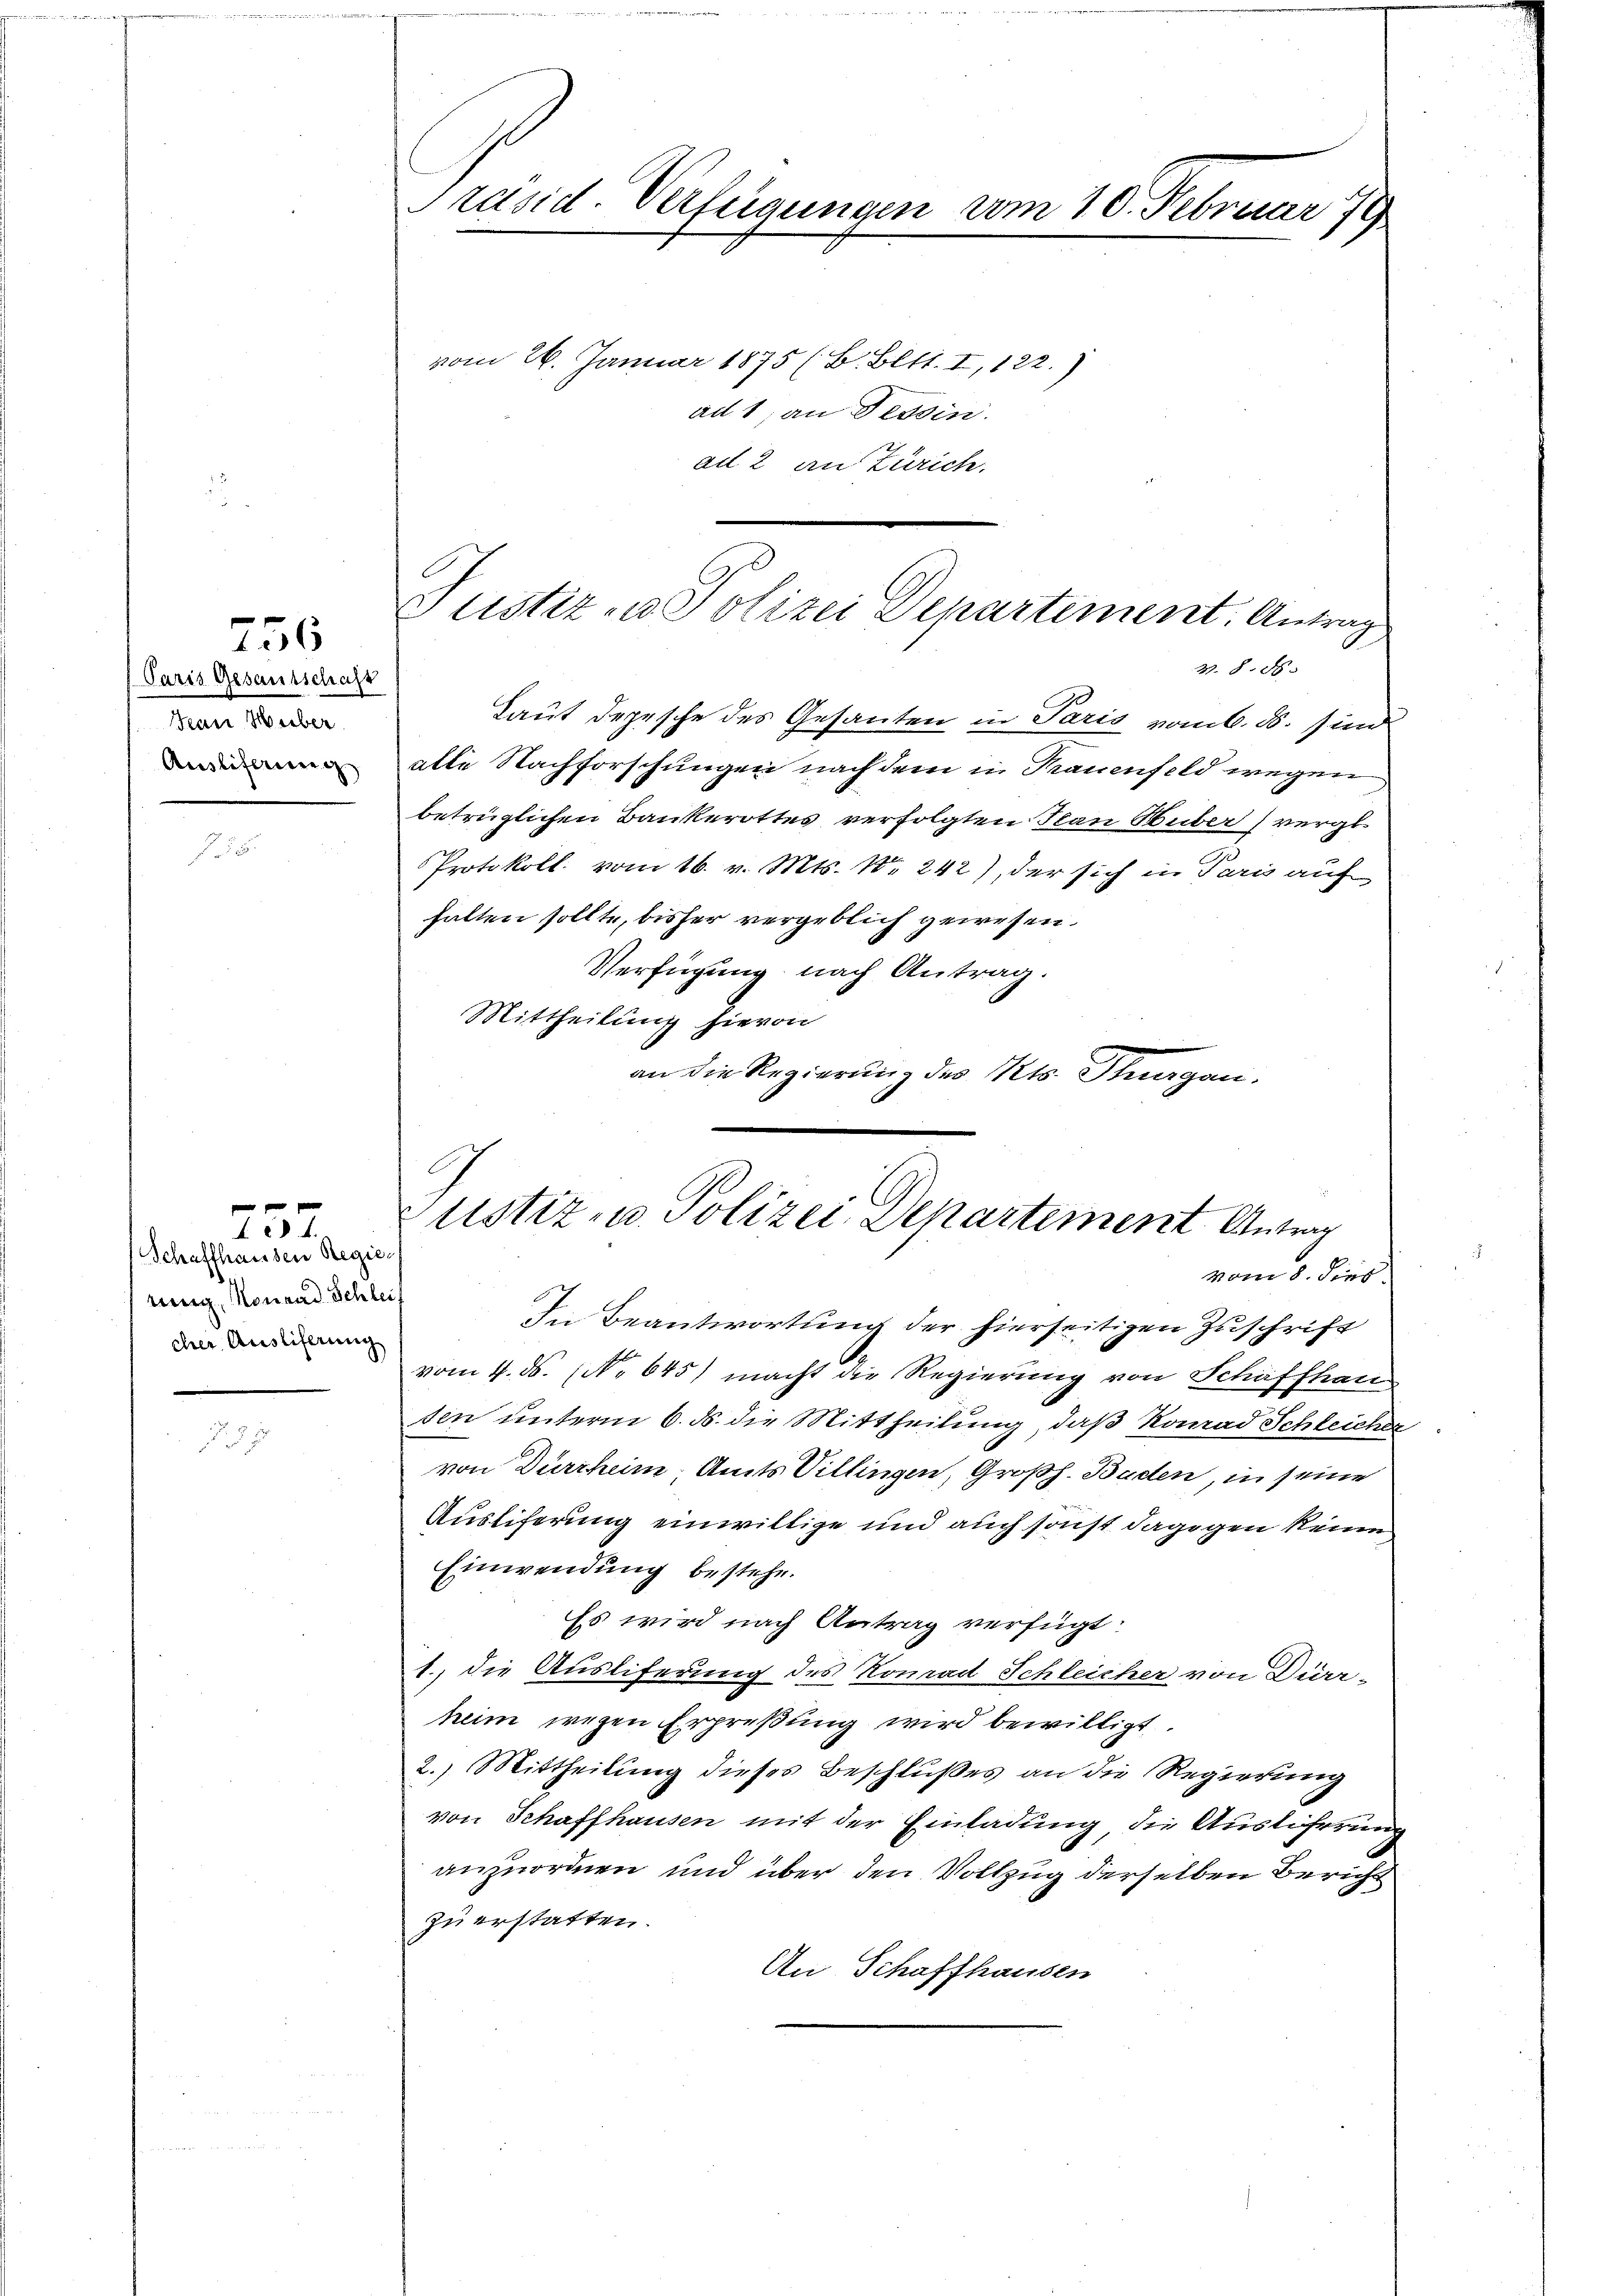
756

Paris Gesantschaft
Jean Huber
Ausliferung

Schaffhausen Regier
rung, Konrad Schleis
cher Ausliferung

428 f.

Präsid. Verfügungen vom 10. Februar 179
vom 26. Januar 1875 (B. Bett. I, 122.)
ad 1, an Tessin.

Laut Depesche des Gesanten in Paris vom 6. d. sind
alle Nachforschungen nach dem in Trauenfeld wegen
betrüglichen Bankerottes verfolgten Nau Huber vergl.
Protokoll vom 16. v. Mts. No 242), der sich in Paris auf
halten sollte, bisher vergeblich gewesen.
Verfügung nach Antrag.
Mittheilung hievon
an die Regierung des Kts. Thurgau.

al 2 an Zürich.

Justiz- u. Polizei Departiment. Antrag
378. 8

ustiz- u. Polizei Departement Antrag
vom 8. dies

In Beantwortung der hierseitigen Zuschrift
vom 4. d. NNo. 645) macht die Regierung von Schaffhau
sen unterm 6. ds. die Mittheilung, daß Konrad Schleicher
von Durrheim, Amts Villingen, Großh. Baden, in seine
Ausliferung einwillige und auch sonst dagegen keine
Einwendung bestehe.
Es wird nach Antrag verfügt:
1., die Ausliferung des Konrad Schleicher von Diarr-
heim wegen Erpreßung wird bewilligt.
2.) Mittheilung dieses Beschlußes an die Regierung
von Schaffhausen mit der Einladung die Ausliferung
anzuordnen und über den Vollzug derselben Bericht
zu erstatten.
An Schaffhausen